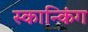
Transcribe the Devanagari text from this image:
स्कान्किंग